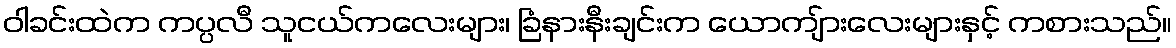
ဝါခင်းထဲက ကပ္ပလီ သူငယ်ကလေးများ၊ ခြံနားနီးချင်းက ယောကျ်ားလေးများနှင့် ကစားသည်။